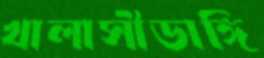
খালাসীডাঙ্গি